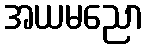
အယမညော